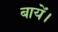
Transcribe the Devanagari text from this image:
बायें।